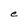
Character: e